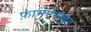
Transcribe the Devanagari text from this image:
फ़ार्मऐमाइड